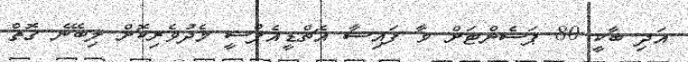
އަދި ބާކީ 80 ޕަސެންޓަށް ވާ ފައިސާ އެޗްޑީއެފްސީ މެދުވެރިކޮށް ލިބޭނެ ގޮތް